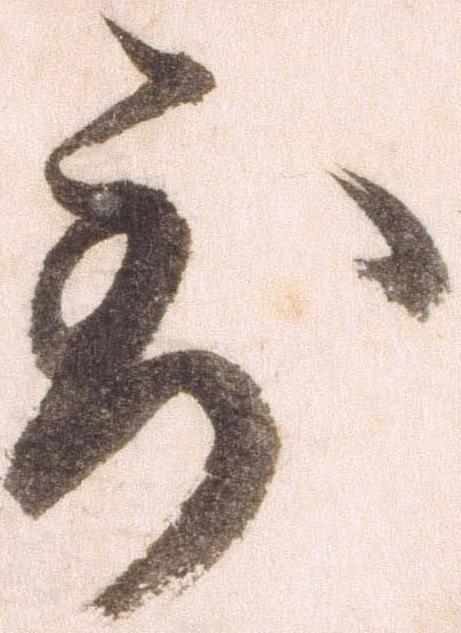
到